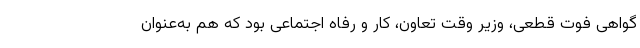
گواهی فوت قطعی، وزیر وقت تعاون، کار و رفاه اجتماعی بود که هم به‌عنوان